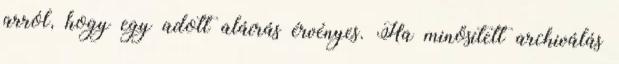
arról, hogy egy adott aláírás érvényes. Ha minősített archiválás